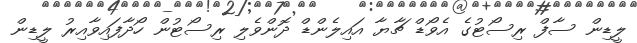
ލީޑިން ސާފް ރިސޯޓުގެ އެވޯޑް ޗާޔާ އައިލެންޑް ދޮންވެލި ރިސޯޓުން ހޯދާފައިވާއިރު ލީޑިން